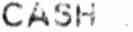
CASH :